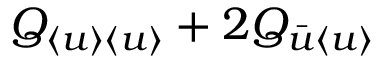
Q _ { \langle { u } \rangle \langle { u } \rangle } + 2 Q _ { \bar { u } \langle { u } \rangle }